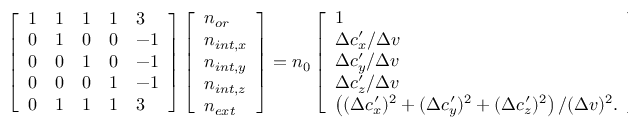
\left[ \begin{array} { l l l l l } { 1 } & { 1 } & { 1 } & { 1 } & { 3 } \\ { 0 } & { 1 } & { 0 } & { 0 } & { - 1 } \\ { 0 } & { 0 } & { 1 } & { 0 } & { - 1 } \\ { 0 } & { 0 } & { 0 } & { 1 } & { - 1 } \\ { 0 } & { 1 } & { 1 } & { 1 } & { 3 } \end{array} \right] \left[ \begin{array} { l } { n _ { o r } } \\ { n _ { i n t , x } } \\ { n _ { i n t , y } } \\ { n _ { i n t , z } } \\ { n _ { e x t } } \end{array} \right] = n _ { 0 } \left[ \begin{array} { l } { 1 } \\ { \Delta c _ { x } ^ { \prime } / \Delta v } \\ { \Delta c _ { y } ^ { \prime } / \Delta v } \\ { \Delta c _ { z } ^ { \prime } / \Delta v } \\ { \left( ( \Delta c _ { x } ^ { \prime } ) ^ { 2 } + ( \Delta c _ { y } ^ { \prime } ) ^ { 2 } + ( \Delta c _ { z } ^ { \prime } ) ^ { 2 } \right) / ( \Delta v ) ^ { 2 } . } \end{array} \right]